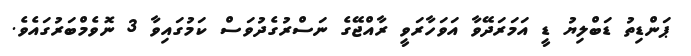
ޕަންޑިތު ޑަބްލިޔު ޑީ އަމަރަދޭވާ އަވަހާރަވީ ރާއްޖޭގެ ނަސްރުގެދުވަސް ކަމުގައިވާ 3 ނޮވެމްބަރުގައެވެ.